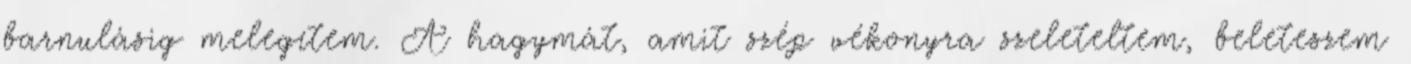
barnulásig melegítem. A hagymát, amit szép vékonyra szeleteltem, beleteszem